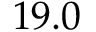
1 9 . 0